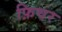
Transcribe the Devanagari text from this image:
फ़िचर